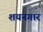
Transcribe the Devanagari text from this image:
शयनगार